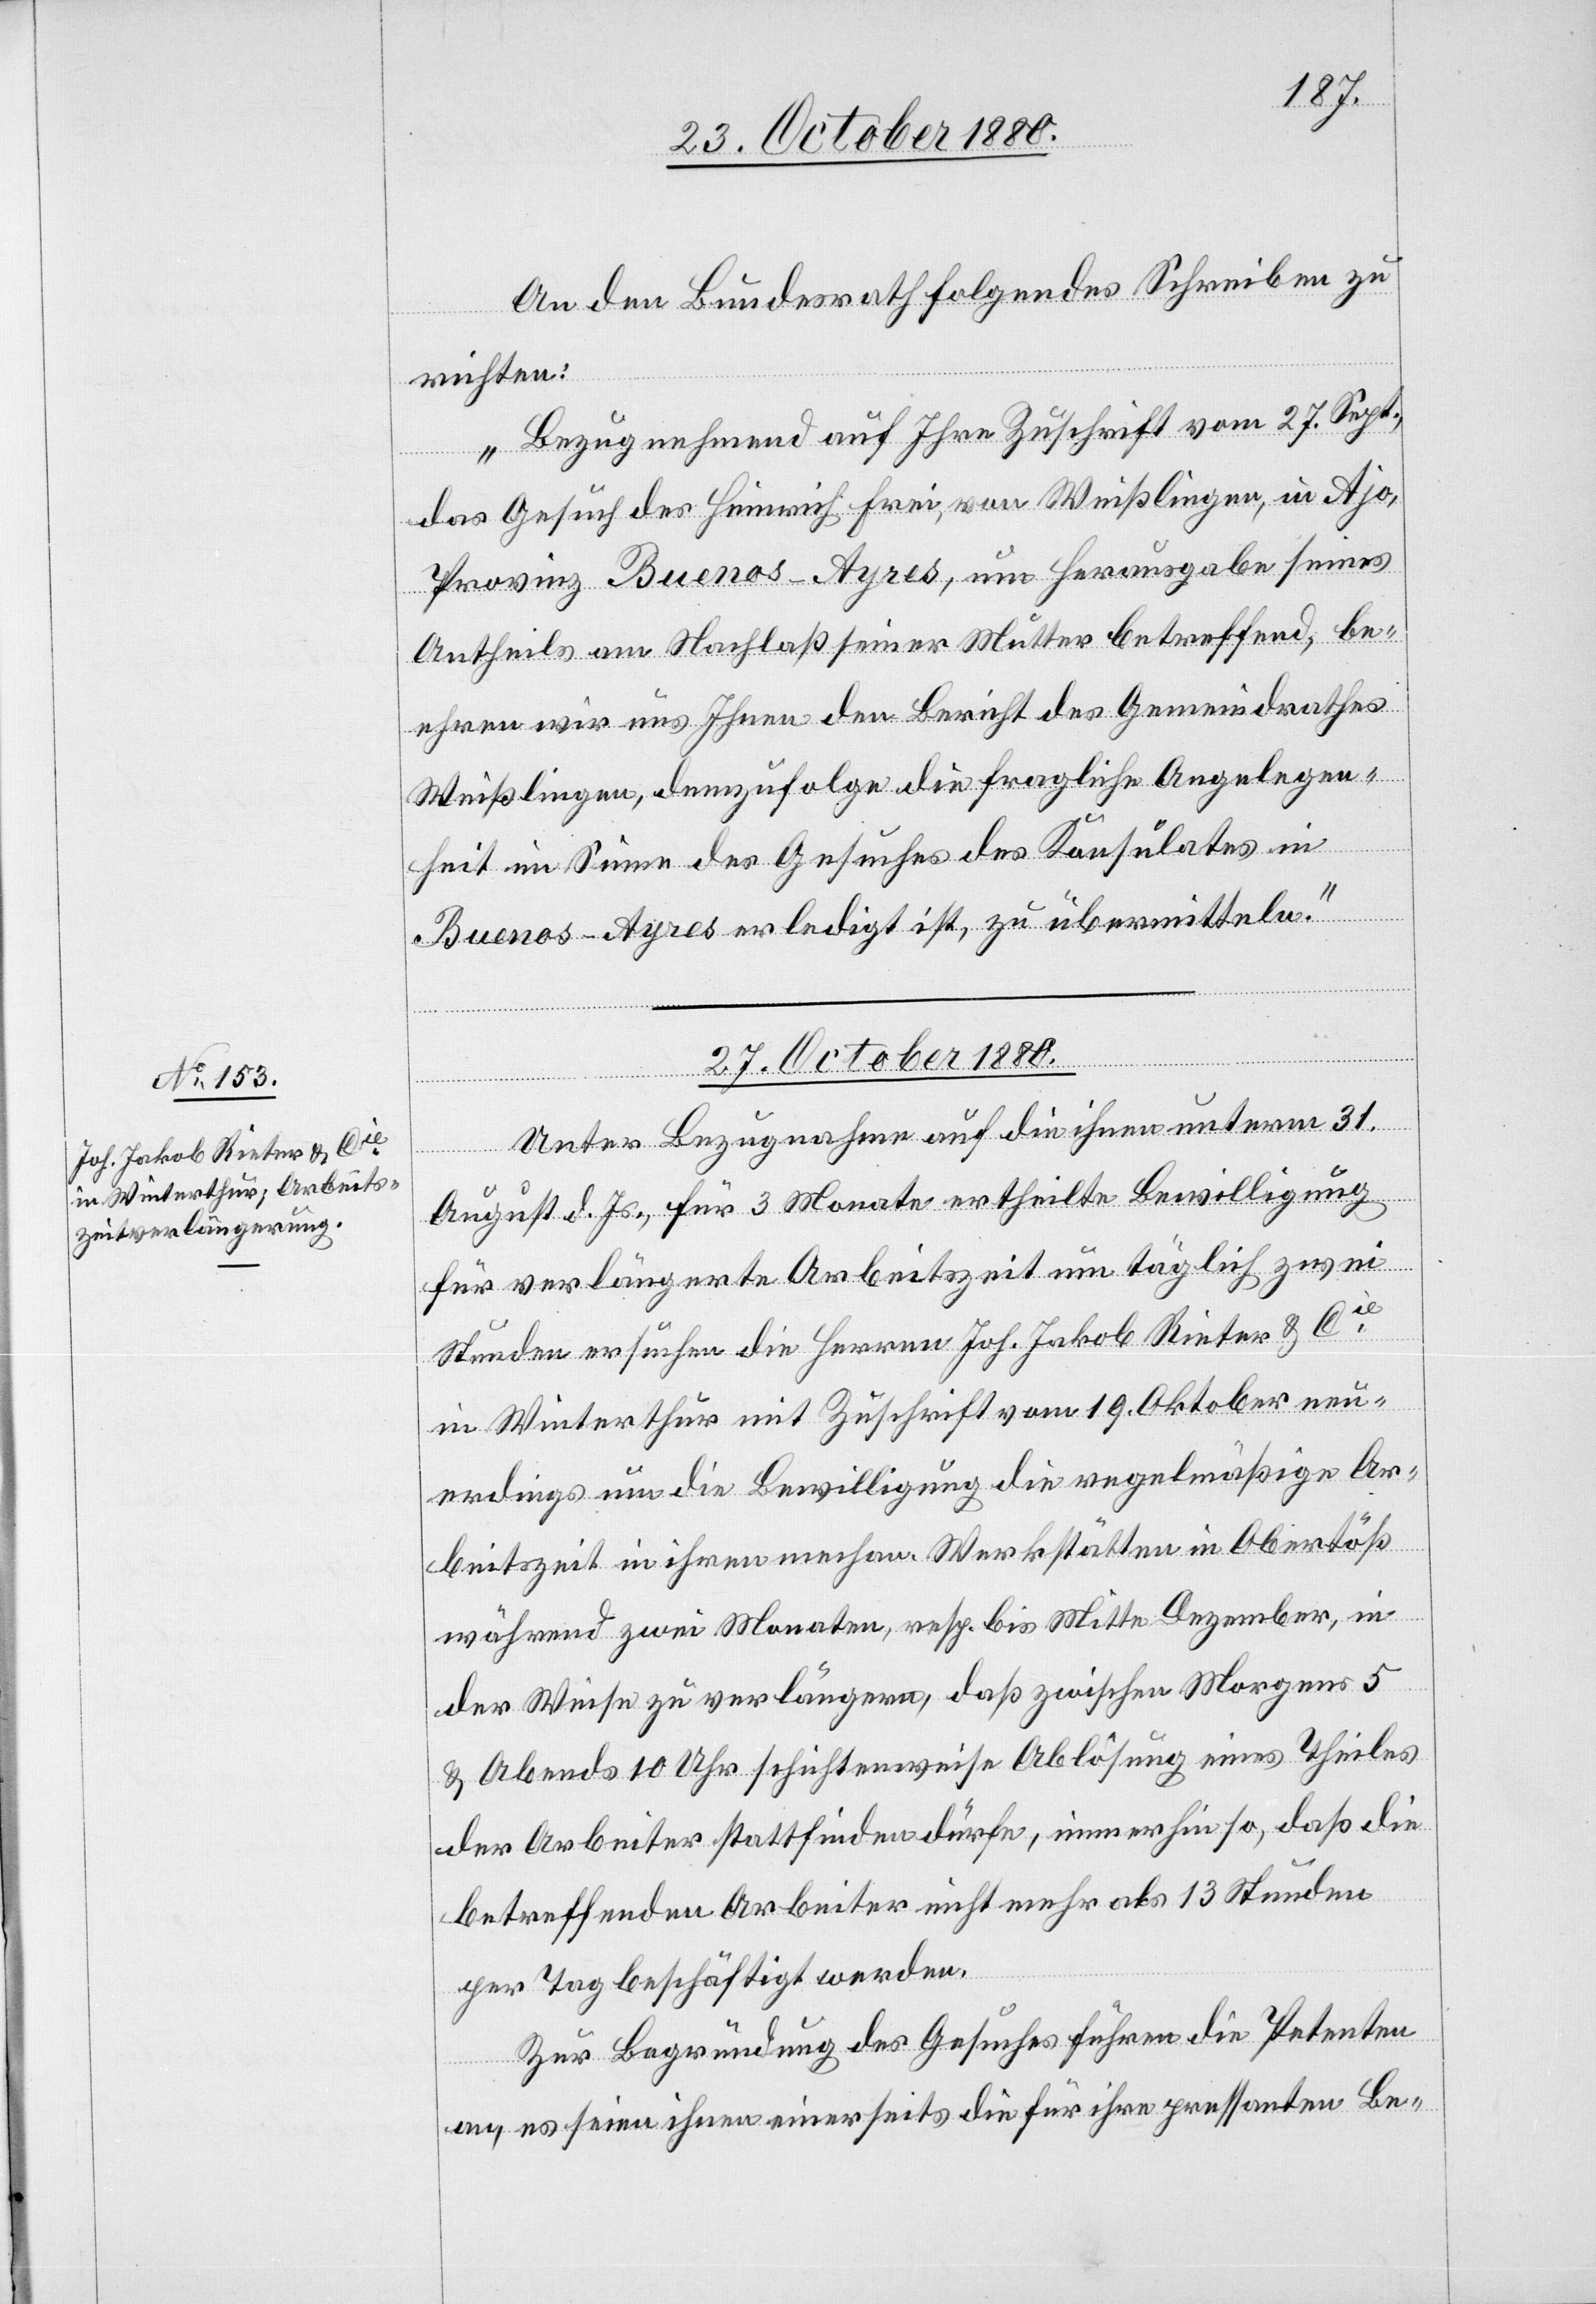
An den Bundesrath folgendes Schrieben zu
richten:
„Bezugnehmend auf Ihre Zuschrift vom 27. Sept.,
das Gesuch des Heinrich Frei, von Weißlingen, in Ajo,
Provinz Buenos-Ayres, um Herausgabe seines
Antheils am Nachlaß seiner Mutter betreffend, be¬
ehren wir uns Ihnen den Bericht des Gemeindrathes
Weißlingen, demzufolge die fragliche Angelegen¬
heit im Sinne des Gesuches des Konsulates in
Buenos-Ayres erledigt ist, zu übermitteln.“
27. October 1880.
Unter Bezugnahme auf die ihnen unterm 31.
August d. Js., für 3 Monate ertheilte Bewilligung
für verlängerte Arbeitszeit um täglich zwei
Stunden ersuchen die Herren Joh. Jakob Rieter & Cie
in Winterthur mit Zuschrift vom 19. Oktober neu¬
erdings um die Bewilligung die regelmäßige Ar¬
beitszeit in ihren mechan. Werkstätten in Obertöß
während zwei Monaten, resp. bis Mitte Dezember, in
der Weise zu verlängern, daß zwischen Morgens 5
& Abends 10 Uhr schichtenweise Ablösung eines Theiles
der Arbeiter stattfinden dürfe, immerhin so, daß die
betreffenden Arbeiter nicht mehr als 13 Stunden
per Tag beschäftigt werden.
Zur Begründung des Gesuches führen die Petenten
an, es seien ihnen einerseits die für ihre pressanten Be-